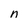
Character: n